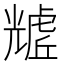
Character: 𧇲